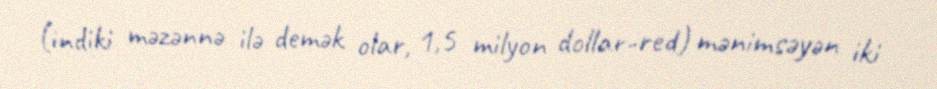
(indiki məzənnə ilə demək olar, 1,5 milyon dollar-red) mənimsəyən iki